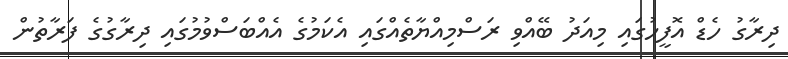
ދިރާގު ހެޑް އޮފީހުގައި މިއަދު ބޭއްވި ރަސްމިއްޔާތެއްގައި އެކަމުގެ އެއްބަސްވުމުގައި ދިރާގުގެ ފަރާތުން